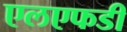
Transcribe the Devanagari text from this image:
एलएफडी